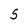
Character: 5